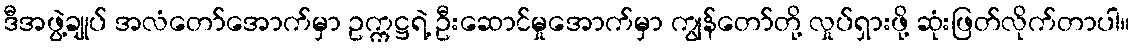
ဒီအဖွဲ့ချုပ် အလံတော်အောက်မှာ ဥက္ကဋ္ဌရဲ့ ဦးဆောင်မှုအောက်မှာ ကျွန်တော်တို့ လှုပ်ရှားဖို့ ဆုံးဖြတ်လိုက်တာပါ။